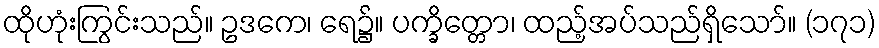
ထိုဟုံးကြွင်းသည်။ ဥဒကေ၊ ရေ၌။ ပက္ခိတ္တော၊ ထည့်အပ်သည်ရှိသော်။ (၁၇၁)